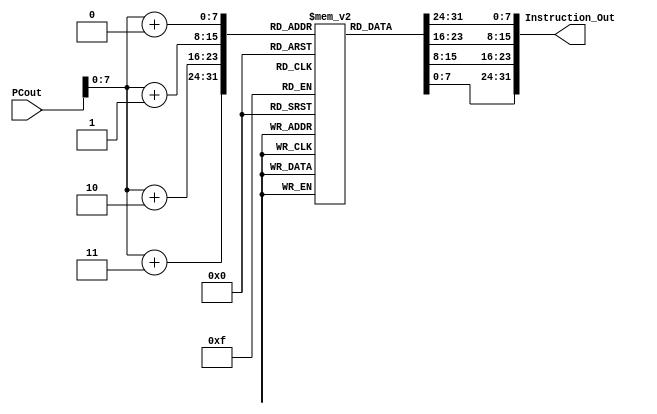
`timescale 1ns / 1ps
//////////////////////////////////////////////////////////////////////////////////
// Company: 
// Engineer: 
// 
// Design Name: 
// Module Name:    IM 
// Project Name: 
// Target Devices: 
// Tool versions: 
// Description: 
//
// Dependencies: 
//
// Revision: 
// Revision 0.01 - File Created
// Additional Comments: 
//
//////////////////////////////////////////////////////////////////////////////////
module IM(PCout,Instruction_Out);
		input [63:0] PCout;
		output [31:0] Instruction_Out;
		reg [7:0] IM [0:255];
		
		initial 
		begin
		
		// LDUR X1, [X31, #8]
		// 11111000010_000001000_00_11111_00001
		IM[0] = 8'hF8;
		IM[1] = 8'h40;
		IM[2] = 8'h83;
		IM[3] = 8'hE1;
		
		//LDUR X2, [X31,#16]
		// 11111000010_000010000_00_11111_00010
		IM[4] = 8'hF8;
		IM[5] = 8'h41;
		IM[6] = 8'h03;
		IM[7] = 8'hE2;
		
		//LDUR X3, [X31,#24]
		// 11111000010_000011000_00_11111_00011
		IM[8] = 8'hF8;
		IM[9] = 8'h41;
		IM[10] = 8'h83;
		IM[11] = 8'hE3;
		
		//LDUR X4, [X31,#32]
		// 11111000010_000100000_00_11111_00100
		IM[12] = 8'hF8;
		IM[13] = 8'h42;
		IM[14] = 8'h03;
		IM[15] = 8'hE4;
		
		//LDUR X5, [X31,#40]
		// 11111000010_000101000_00_11111_00101
		IM[16] = 8'hF8;
		IM[17] = 8'h42;
		IM[18] = 8'h83;
		IM[19] = 8'hE5;
		
		//LDUR X6, [X31,#48]
		// 11111000010_000110000_00_11111_00110
		IM[20] = 8'hF8;
		IM[21] = 8'h43;
		IM[22] = 8'h03;
		IM[23] = 8'hE6;
		
		//LDUR X7, [X31,#56]
		// 11111000010_000111000_00_11111_00111
		IM[24] = 8'hF8;
		IM[25] = 8'h43;
		IM[26] = 8'h83;
		IM[27] = 8'hE7;
		
		
		//LDUR X8, [X31,#64]
		// 11111000010_001000000_00_11111_01000
		IM[28] = 8'hF8;
		IM[29] = 8'h44;
		IM[30] = 8'h03;
		IM[31] = 8'hE8;
		
		//LDUR X9, [X31,#72]
		// 11111000010_001001000_00_11111_01001
		IM[32] = 8'hF8;
		IM[33] = 8'h44;
		IM[34] = 8'h83;
		IM[35] = 8'hE9;
		
		
		//LDUR X10, [X31,#80]
		// 11111000010_001010000_00_11111_01010
		IM[36] = 8'hF8;
		IM[37] = 8'h45;
		IM[38] = 8'h03;
		IM[39] = 8'hEA;
		
		//LDUR X11, [X31,#88]
		// 11111000010_001011000_00_11111_01011
		IM[40] = 8'hF8;
		IM[41] = 8'h45;
		IM[42] = 8'h83;
		IM[43] = 8'hEB;
		
		//LDUR X12, [X31,#96]
		// 11111000010_001100000_00_11111_01100
		IM[44] = 8'hF8;
		IM[45] = 8'h46;
		IM[46] = 8'h03;
		IM[47] = 8'hEC;
		
		//ADD X2, X1, X3
		// 10001011000_00011_000000_00001_00010
		IM[48] = 8'h8B;
		IM[49] = 8'h03;
		IM[50] = 8'h00;
		IM[51] = 8'h22;
		
		
		//SUB X6, X5, X4
		// 11001011000_00100_000000_00101_00110
		IM[52] = 8'hCB;
		IM[53] = 8'h04;
		IM[54] = 8'h00;
		IM[55] = 8'hA6;
		
		//OR X9, X7, X8
		// 10101010000_01000_000000_00111_01001
		IM[56] = 8'hAA;
		IM[57] = 8'h08;
		IM[58] = 8'h00;
		IM[59] = 8'hE9; 
		
		
		//AND X12, X10, X11	
		// 10001010000_01011_000000_01010_01100
		IM[60] = 8'h8A;
		IM[61] = 8'h0B;
		IM[62] = 8'h01;
		IM[63] = 8'h4C; 
		
		
		end
		
		
		assign Instruction_Out = {IM[PCout+0],IM[PCout+1],IM[PCout+2],IM[PCout+3]};
		
		
endmodule